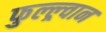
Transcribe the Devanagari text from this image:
फुल्ल्र्वान